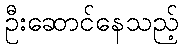
ဦးဆောင်နေသည့်